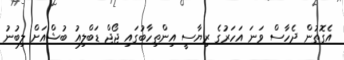
އެގޮތުން ދެހާސް ވަނަ އަހަރުގެ ރިޔާސީ އިންތިހާބުގައި ޖޯޖް ޑަބްލިއު ބުޝްއަށް ލިބުނު